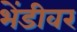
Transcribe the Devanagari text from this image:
भेंडीवर